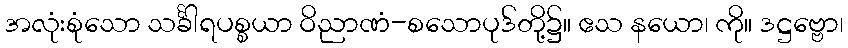
အလုံးစုံသော သင်္ခါရပစ္စယာ ဝိညာဏံ-စသောပုဒ်တို့၌။ ဧသ နယော၊ ကို။ ဒဋ္ဌဗ္ဗော၊